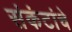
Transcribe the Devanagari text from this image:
संकंटांचे